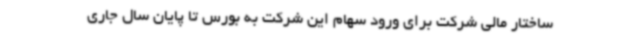
ساختار مالی شرکت برای ورود سهام این شرکت به بورس تا پایان سال جاری